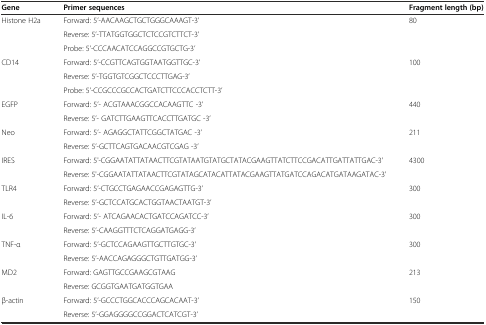
<table><thead><tr><td><b>Gene</b></td><td><b>Primer sequences</b></td><td><b>Fragment length (bp)</b></td></tr></thead><tbody><tr><td rowspan="3">Histone H2a</td><td>Forward: 5’-AACAAGCTGCTGGGCAAAGT-3’</td><td rowspan="3">80</td></tr><tr><td>Reverse: 5’-TTATGGTGGCTCTCCGTCTTCT-3’</td></tr><tr><td>Probe: 5’-CCCAACATCCAGGCCGTGCTG-3’</td></tr><tr><td rowspan="3">CD14</td><td>Forward: 5’-CCGTTCAGTGGTAATGGTTGC-3’</td><td rowspan="3">100</td></tr><tr><td>Reverse: 5’-TGGTGTCGGCTCCCTTGAG-3’</td></tr><tr><td>Probe: 5’-CCGCCCGCCACTGATCTTCCCACCTCTT-3’</td></tr><tr><td rowspan="2">EGFP</td><td>Forward: 5’- ACGTAAACGGCCACAAGTTC -3’</td><td rowspan="2">440</td></tr><tr><td>Reverse: 5’- GATCTTGAAGTTCACCTTGATGC -3’</td></tr><tr><td rowspan="2">Neo</td><td>Forward: 5’- AGAGGCTATTCGGCTATGAC -3’</td><td rowspan="2">211</td></tr><tr><td>Reverse: 5’-GCTTCAGTGACAACGTCGAG -3’</td></tr><tr><td rowspan="2">IRES</td><td>Forward: 5'-CGGAATATTATAACTTCGTATAATGTATGCTATACGAAGTTATCTTCCGACATTGATTATTGAC-3'</td><td rowspan="2">4300</td></tr><tr><td>Reverse: 5'-CGGAATATTATAACTTCGTATAGCATACATTATACGAAGTTATGATCCAGACATGATAAGATAC-3'</td></tr><tr><td rowspan="2">TLR4</td><td>Forward: 5’-CTGCCTGAGAACCGAGAGTTG-3’</td><td rowspan="2">300</td></tr><tr><td>Reverse: 5’-GCTCCATGCACTGGTAACTAATGT-3’</td></tr><tr><td rowspan="2">IL-6</td><td>Forward: 5’- ATCAGAACACTGATCCAGATCC-3’</td><td rowspan="2">300</td></tr><tr><td>Reverse: 5’-CAAGGTTTCTCAGGATGAGG-3’</td></tr><tr><td rowspan="2">TNF-α</td><td>Forward: 5’-GCTCCAGAAGTTGCTTGTGC-3’</td><td rowspan="2">300</td></tr><tr><td>Reverse: 5’-AACCAGAGGGCTGTTGATGG-3’</td></tr><tr><td rowspan="2">MD2</td><td>Forward: GAGTTGCCGAAGCGTAAG</td><td rowspan="2">213</td></tr><tr><td>Reverse: GCGGTGAATGATGGTGAA</td></tr><tr><td rowspan="2">β-actin</td><td>Forward: 5’-GCCCTGGCACCCAGCACAAT-3’</td><td rowspan="2">150</td></tr><tr><td>Reverse: 5’-GGAGGGGCCGGACTCATCGT-3’</td></tr></tbody></table>